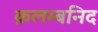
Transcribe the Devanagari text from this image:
क़लम्बनिद